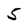
Character: 5